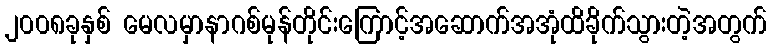
၂၀၀၈ခုနှစ် မေလမှာနာဂစ်မုန်တိုင်းကြောင့်အဆောက်အအုံထိခိုက်သွားတဲ့အတွက်